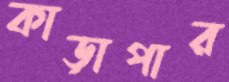
কাড়াপার